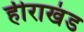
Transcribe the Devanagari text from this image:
हीराखंड